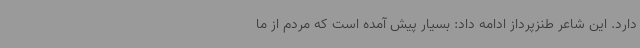
دارد. این شاعر طنزپرداز ادامه داد: بسیار پیش آمده است که مردم از ما